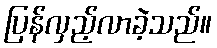
ပြန်လှည့်လာခဲ့သည်။